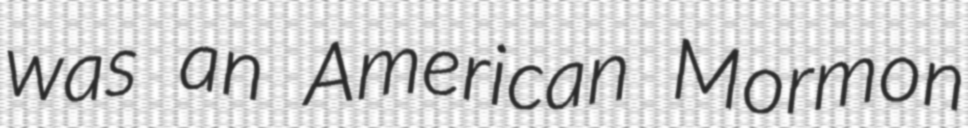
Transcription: was an American Mormon